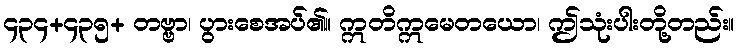
၄၃၄+၄၃၅+ တဗ္ဗာ၊ ပွားစေအပ်၏။ ဣတိဣမေတယော၊ ဤသုံးပါးတို့တည်း။